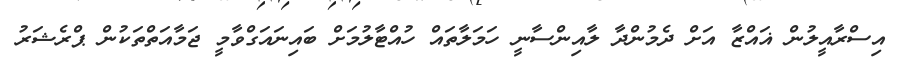
އިސްރާއީލުން ޣައްޒާ އަށް ދެމުންދާ ލާއިންސާނީ ހަމަލާތައް ހުއްޓާލުމަށް ބައިނައަގްވާމީ ޖަމާއަތްތަކުން ޕްރެޝަރު